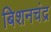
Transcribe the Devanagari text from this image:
बिशनचंद्र